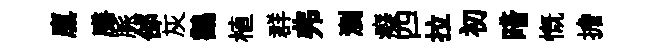
廪膳脈郃灰鸛植群弗瀏癡四拉初暗慨擔